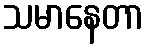
သမာနေတာ